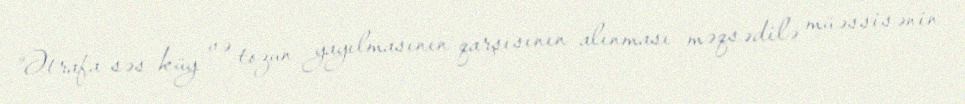
“Ətrafa səs-küy və tozun yayılmasının qarşısının alınması məqsədilə müəssisənin